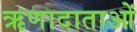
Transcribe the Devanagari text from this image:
ऋणादाताओं